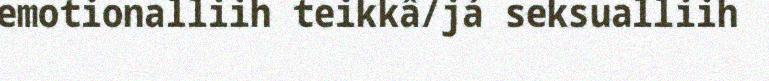
emotionalliih teikkâ/já seksualliih